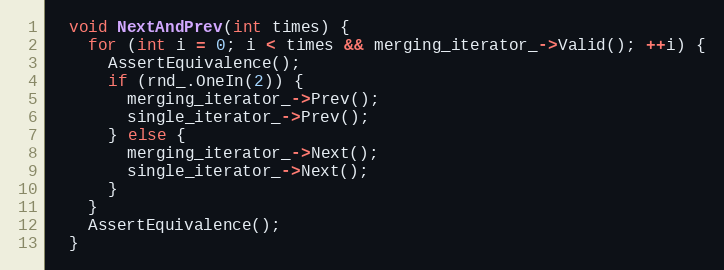
Language: C++
  void NextAndPrev(int times) {
    for (int i = 0; i < times && merging_iterator_->Valid(); ++i) {
      AssertEquivalence();
      if (rnd_.OneIn(2)) {
        merging_iterator_->Prev();
        single_iterator_->Prev();
      } else {
        merging_iterator_->Next();
        single_iterator_->Next();
      }
    }
    AssertEquivalence();
  }